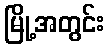
မြို့အတွင်း